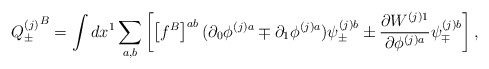
\begin{align*}{Q_{\pm}^{(j)}}^B =\int d x^1 \sum_{a,b}\left[\left[f^B\right]^{ab} (\partial_0 \phi^{(j)a} \mp\partial_1 \phi^{(j)a}) \psi_{\pm}^{(j)b} \pm\frac{\partial W^{(j)1}}{\partial \phi^{(j)a}} \psi_{\mp}^{(j)b}\right],\end{align*}